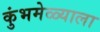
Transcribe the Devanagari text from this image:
कुंभमेळ्याला